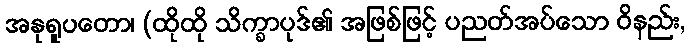
အနုရူပတော၊ (ထိုထို သိက္ခာပုဒ်၏ အဖြစ်ဖြင့် ပညတ်အပ်သော ဝိနည်း,